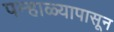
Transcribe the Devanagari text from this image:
पन्हाळ्यापासून